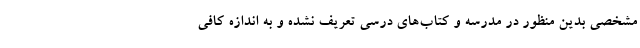
مشخصی بدین منظور در مدرسه و کتاب‌های درسی تعریف نشده و به اندازه کافی